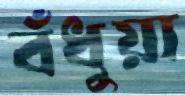
বঁধুয়া